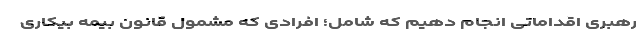
رهبری اقداماتی انجام دهیم که شامل؛ افرادی که مشمول قانون بیمه بیکاری